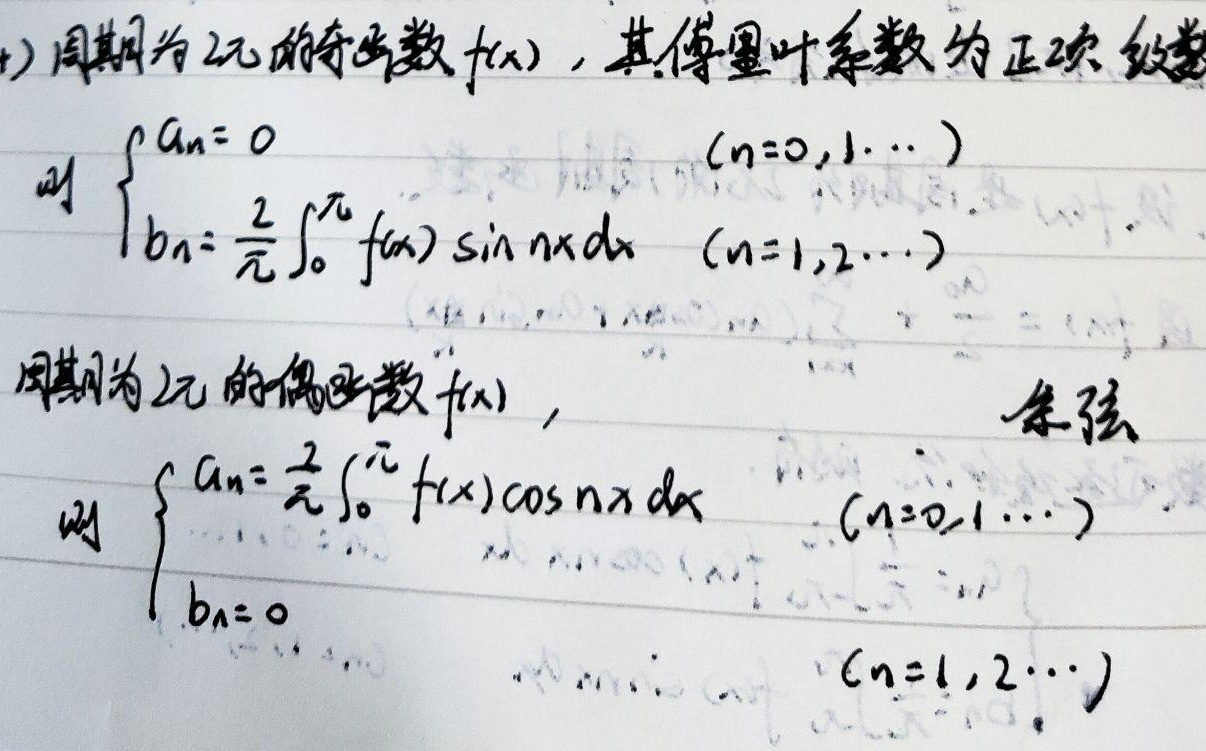
周期为\(2\pi\)的奇函数\(f(x)\)，其傅里叶系数为正弦级数
\[\begin{cases}
a_{n}=0 &(n = 0,1,\cdots)\\
b_{n}=\frac{2}{\pi}\int_{0}^{\pi}f(x)\sin nx\mathrm{d}x &(n = 1,2,\cdots)
\end{cases}\]
周期为\(2\pi\)的偶函数\(f(x)\)，其傅里叶系数为余弦级数
\[\begin{cases}
a_{n}=\frac{2}{\pi}\int_{0}^{\pi}f(x)\cos nx\mathrm{d}x &(n = 0,1,\cdots)\\
b_{n}=0 &(n = 1,2,\cdots)
\end{cases}\]